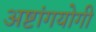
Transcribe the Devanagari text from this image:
अष्टांगयोगी